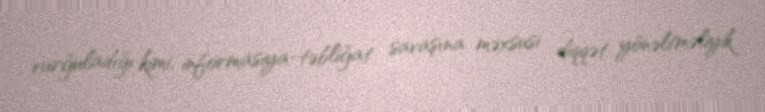
vurğuladığı kimi, informasiya-təbliğat savaşına məxsusi diqqət yönəltməliyik.